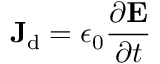
\mathbf { J } _ { \mathrm { { d } } } = \epsilon _ { 0 } { \frac { \partial \mathbf { E } } { \partial t } } \,